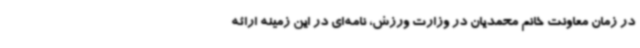
در زمان معاونت خانم محمدیان در وزارت ورزش، نامه‌ای در این زمینه ارائه